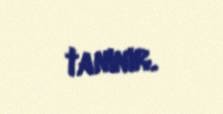
tanınır.